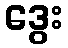
ဒွေး